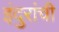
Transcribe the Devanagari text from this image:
इंदुरांची